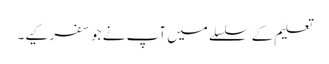
تعلیم کے سلسلے میں آپ نے جو سفر کیے۔